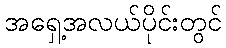
အရှေ့အလယ်ပိုင်းတွင်